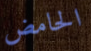
الحامض